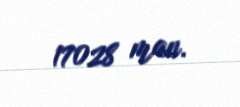
17028 man.